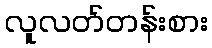
လူလတ်တန်းစား